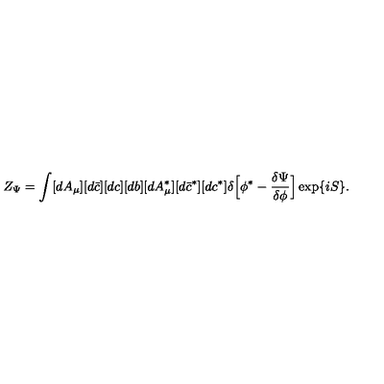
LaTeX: Z _ { \Psi } = \int [ d A _ { \mu } ] [ d \bar { c } ] [ d c ] [ d b ] [ d A _ { \mu } ^ { \ast } ] [ d \bar { c } ^ { \ast } ] [ d c ^ { \ast } ] \delta \Bigl [ \phi ^ { \ast } - \frac { \delta \Psi } { \delta \phi } \Bigr ] \exp \{ i S \} .